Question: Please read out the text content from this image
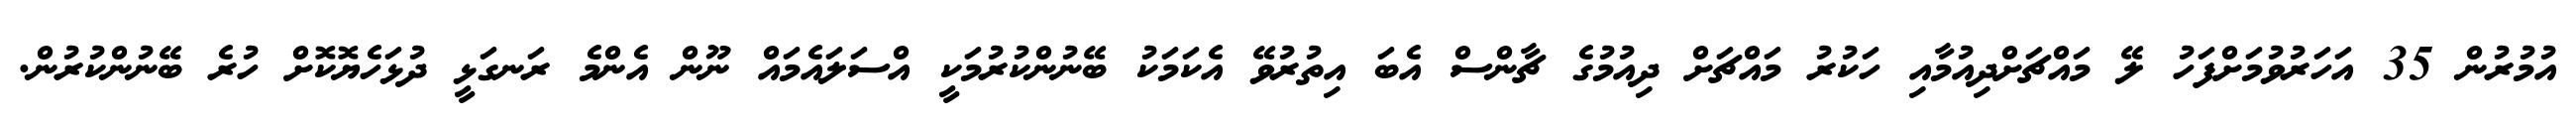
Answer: އުމުރުން 35 އަހަރުވުމަށްފަހު ލޭ މައްޗަށްދިއުމާއި ހަކުރު މައްޗަށް ދިއުމުގެ ޗާންސް އެބަ އިތުރުވޭ އެކަމަކު ބޭނުންކުރުމަކީ އްސަލައެމައް ނޫން އެންމެ ރަނގަޅީ ދުޅަހެޔޮކޮށް ހުރެ ބޭނުންކުރުން.